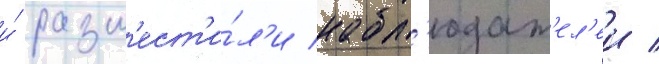
и́ разм'ест'и́л'и набл'юдат'ел'еи /